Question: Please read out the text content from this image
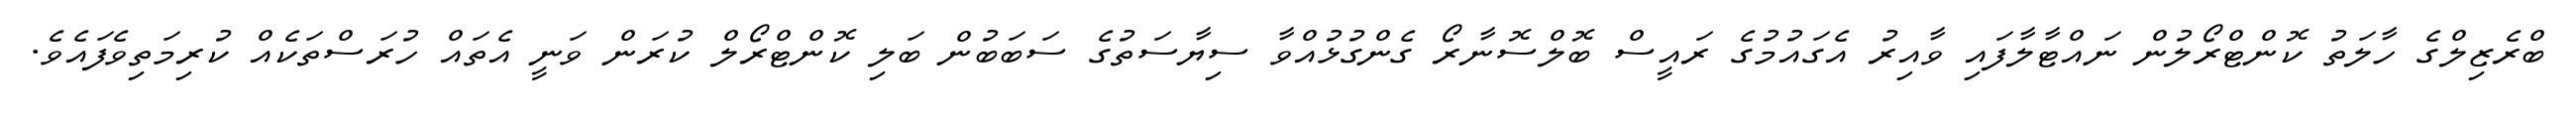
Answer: ބްރެޒިލްގެ ހާލަތު ކޮންޓްރޯލުން ނައްޓާލާފައި ވާއިރު އެގައުމުގެ ރައީސް ބޮލްސޮނާރޯ ގެންގުޅުއްވާ ސިޔާސަތުގެ ސަބަބުން ބަލި ކޮންޓްރޯލް ކުރަން ވަނީ އެތައް ހުރަސްތަކެއް ކުރިމަތިވެފައެވެ.